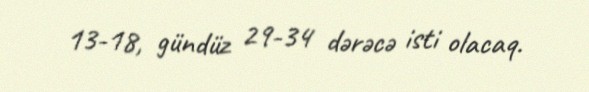
13-18, gündüz 29-34 dərəcə isti olacaq.